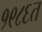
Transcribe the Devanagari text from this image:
१९८६त